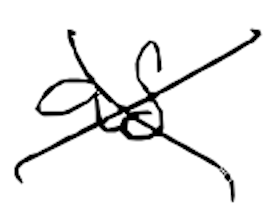
Text: as
Cross-out: cross
Writing tool: digital_black